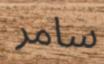
سامر